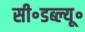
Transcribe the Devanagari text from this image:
सी॰डब्ल्यू॰